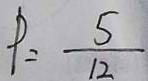
P = \frac { 5 } { 1 2 }